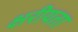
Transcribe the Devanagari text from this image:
क्षरीयता